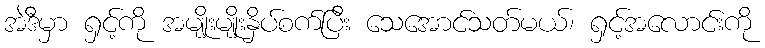
အဲဒီမှာ ရှင့်ကို အမျိုးမျိုးနှိပ်စက်ပြီး သေအောင်သတ်မယ်၊ ရှင့်အလောင်းကို